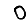
Digit: 0